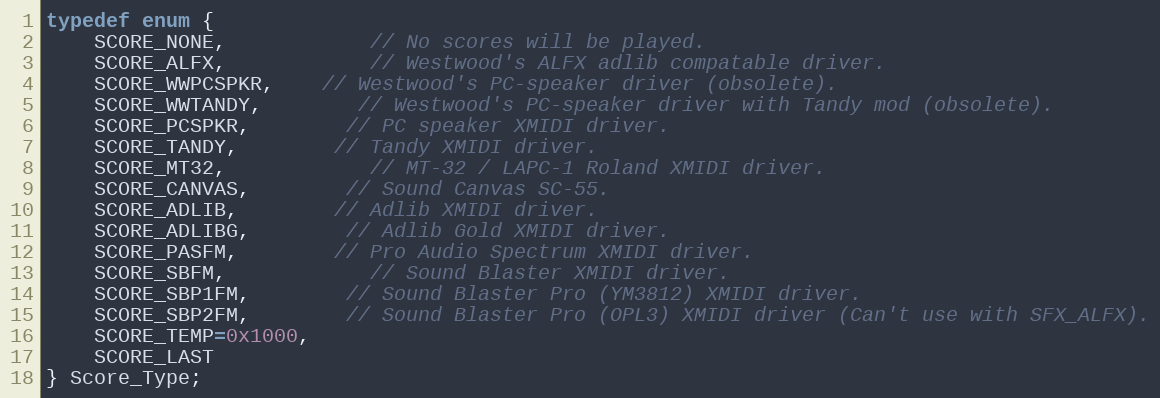
Language: C
typedef enum {
	SCORE_NONE,			// No scores will be played.
	SCORE_ALFX,			// Westwood's ALFX adlib compatable driver.
	SCORE_WWPCSPKR,	// Westwood's PC-speaker driver (obsolete).
	SCORE_WWTANDY,		// Westwood's PC-speaker driver with Tandy mod (obsolete).
	SCORE_PCSPKR,		// PC speaker XMIDI driver.
	SCORE_TANDY,		// Tandy XMIDI driver.
	SCORE_MT32,			// MT-32 / LAPC-1 Roland XMIDI driver.
	SCORE_CANVAS,		// Sound Canvas SC-55.
	SCORE_ADLIB,		// Adlib XMIDI driver.
	SCORE_ADLIBG,		// Adlib Gold XMIDI driver.
	SCORE_PASFM,		// Pro Audio Spectrum XMIDI driver.
	SCORE_SBFM,			// Sound Blaster XMIDI driver.
	SCORE_SBP1FM,		// Sound Blaster Pro (YM3812) XMIDI driver.
	SCORE_SBP2FM,		// Sound Blaster Pro (OPL3) XMIDI driver (Can't use with SFX_ALFX).
	SCORE_TEMP=0x1000,
	SCORE_LAST
} Score_Type;